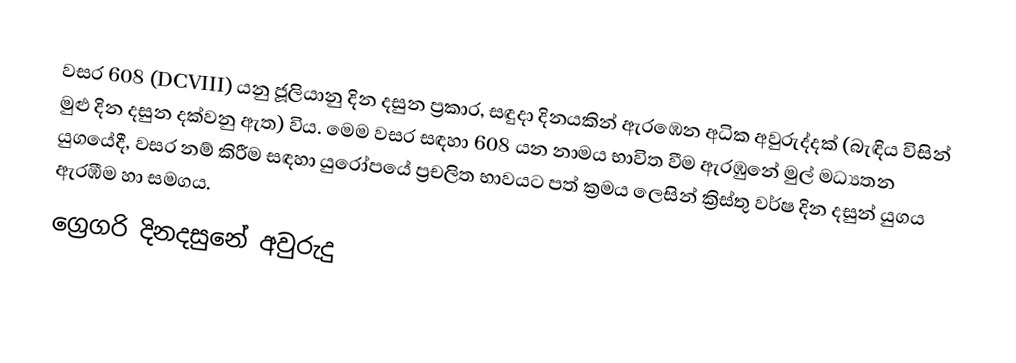
වසර  608 (DCVIII) යනු ජූලියානු දින දසුන ප්‍රකාර,   සඳුදා දිනයකින් ඇරඹෙන අධික අවුරුද්දක් (බැඳිය විසින් මුළු දින දසුන දක්වනු ඇත) විය. මෙම වසර සඳහා 608 යන නාමය භාවිත වීම ඇරඹුනේ මුල් මධ්‍යතන යුගයේදී, වසර නම් කිරීම සඳහා යුරෝපයේ ප්‍රචලිත භාවයට පත් ක්‍රමය ලෙසින් ක්‍රිස්තු වර්ෂ දින දසුන් යුගය ඇරඹීම හා සමගය.
ග්‍රෙගරි දිනදසුනේ අවුරුදු